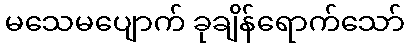
မသေမပျောက် ခုချိန်ရောက်သော်